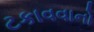
ટકાવવાનો